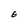
Character: E